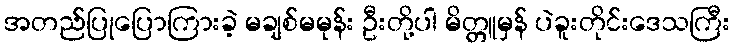
အတည်ပြုပြောကြားခဲ့ မချစ်မမုန်း ဦးတို့ပါ မိတ္တူမှန် ပဲခူးတိုင်းဒေသကြီး